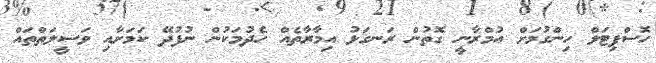
ހޮސްޕިޓަލް ހިންގުމަށް އުމްރާނީ ގޮތުން ރަނގަޅު އިމާރާތެއް ހެދުމަކުން ނުފުދޭ ކަމަށާއި ވަސީލަތްތައް